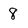
Character: 8